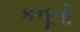
કનૂની